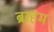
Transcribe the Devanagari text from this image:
ब्राहम